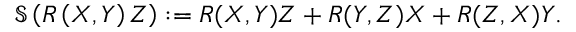
{ \mathfrak { S } } \left( R \left( X , Y \right) Z \right) : = R ( X , Y ) Z + R ( Y , Z ) X + R ( Z , X ) Y .